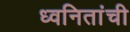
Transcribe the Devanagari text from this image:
ध्वनितांची